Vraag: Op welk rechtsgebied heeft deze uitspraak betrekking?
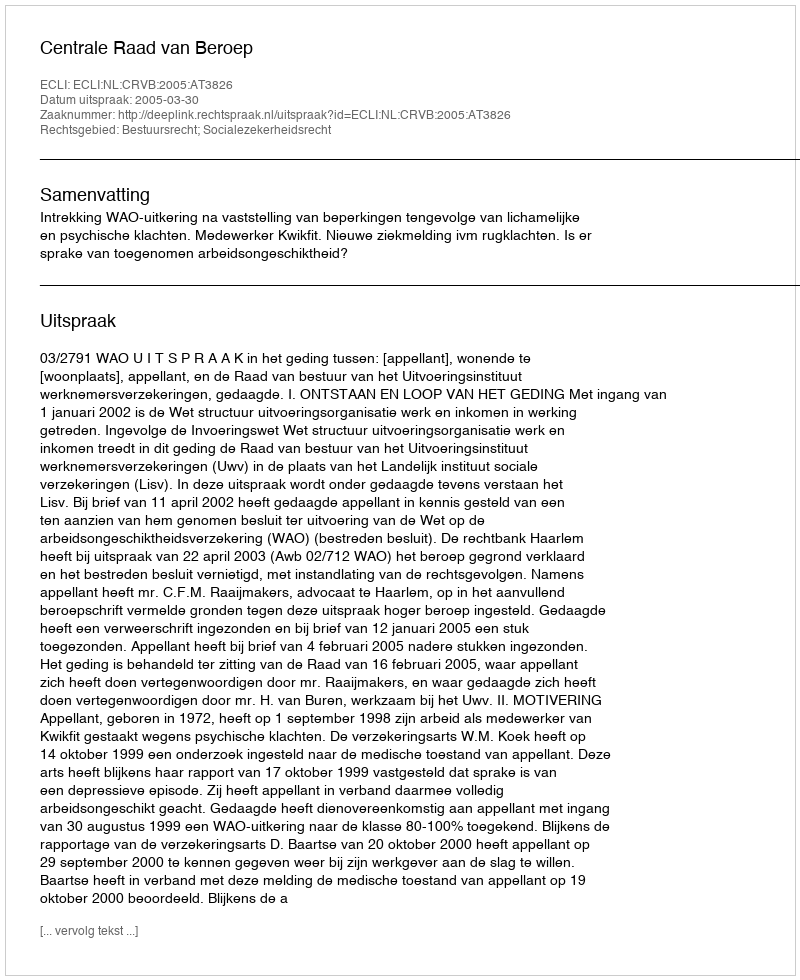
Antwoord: Bestuursrecht; Socialezekerheidsrecht